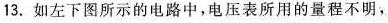
13.如左下图所示的电路中，电压表所用的量程不明，